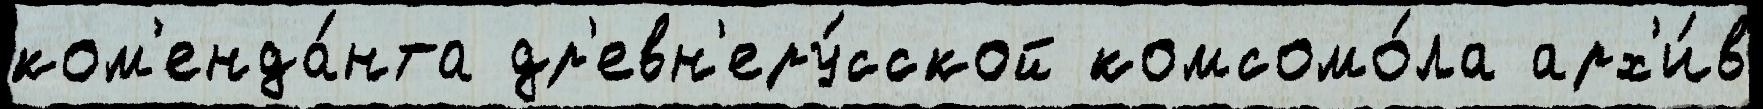
ком'енда́нта др'евн'еру́сской комсомо́ла арх'и́в